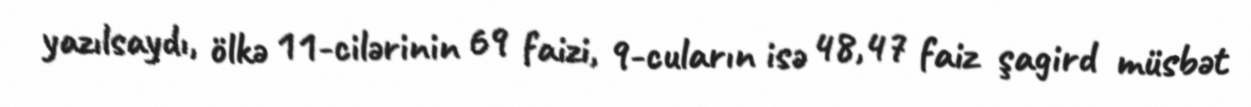
yazılsaydı, ölkə 11-cilərinin 69 faizi, 9-cuların isə 48,47 faiz şagird müsbət